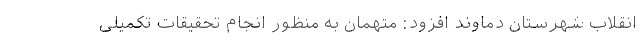
انقلاب شهرستان دماوند افزود: متهمان به منظور انجام تحقیقات تکمیلی